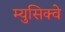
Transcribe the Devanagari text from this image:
म्युसिक्वे